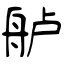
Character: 舻